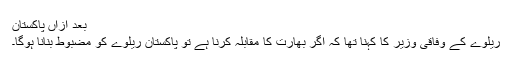
بعد ازاں پاکستان
ریلوے کے وفاقی وزیر کا کہنا تھا کہ اگر بھارت کا مقابلہ کرنا ہے تو پاکستان ریلوے کو مضبوط بنانا ہوگا۔